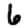
Digit: 6